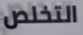
التخلص